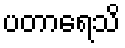
ပတာရေသိ